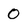
Character: 0